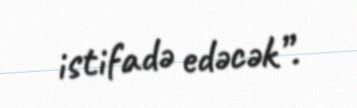
istifadə edəcək”.